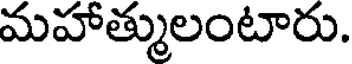
మహాత్ములంటారు.